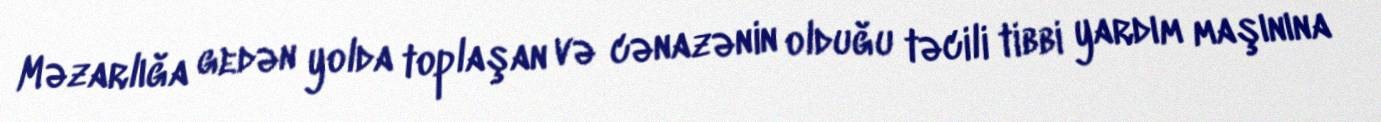
Məzarlığa gedən yolda toplaşan və cənazənin olduğu təcili tibbi yardım maşınına